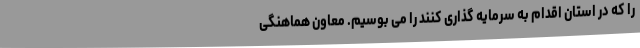
را که در استان اقدام به سرمایه گذاری کنند را می بوسیم. معاون هماهنگی